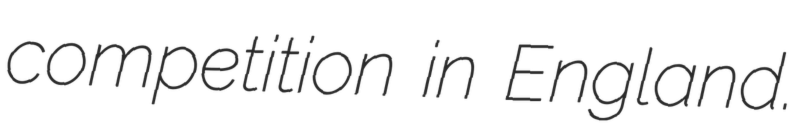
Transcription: competition in England.